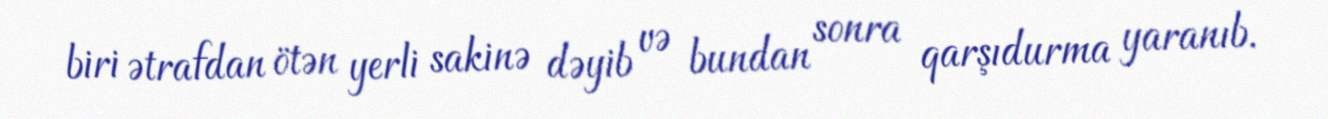
biri ətrafdan ötən yerli sakinə dəyib və bundan sonra qarşıdurma yaranıb.